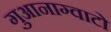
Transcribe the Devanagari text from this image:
गुआनाग्वाटो